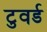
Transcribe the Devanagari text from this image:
टुवर्ड